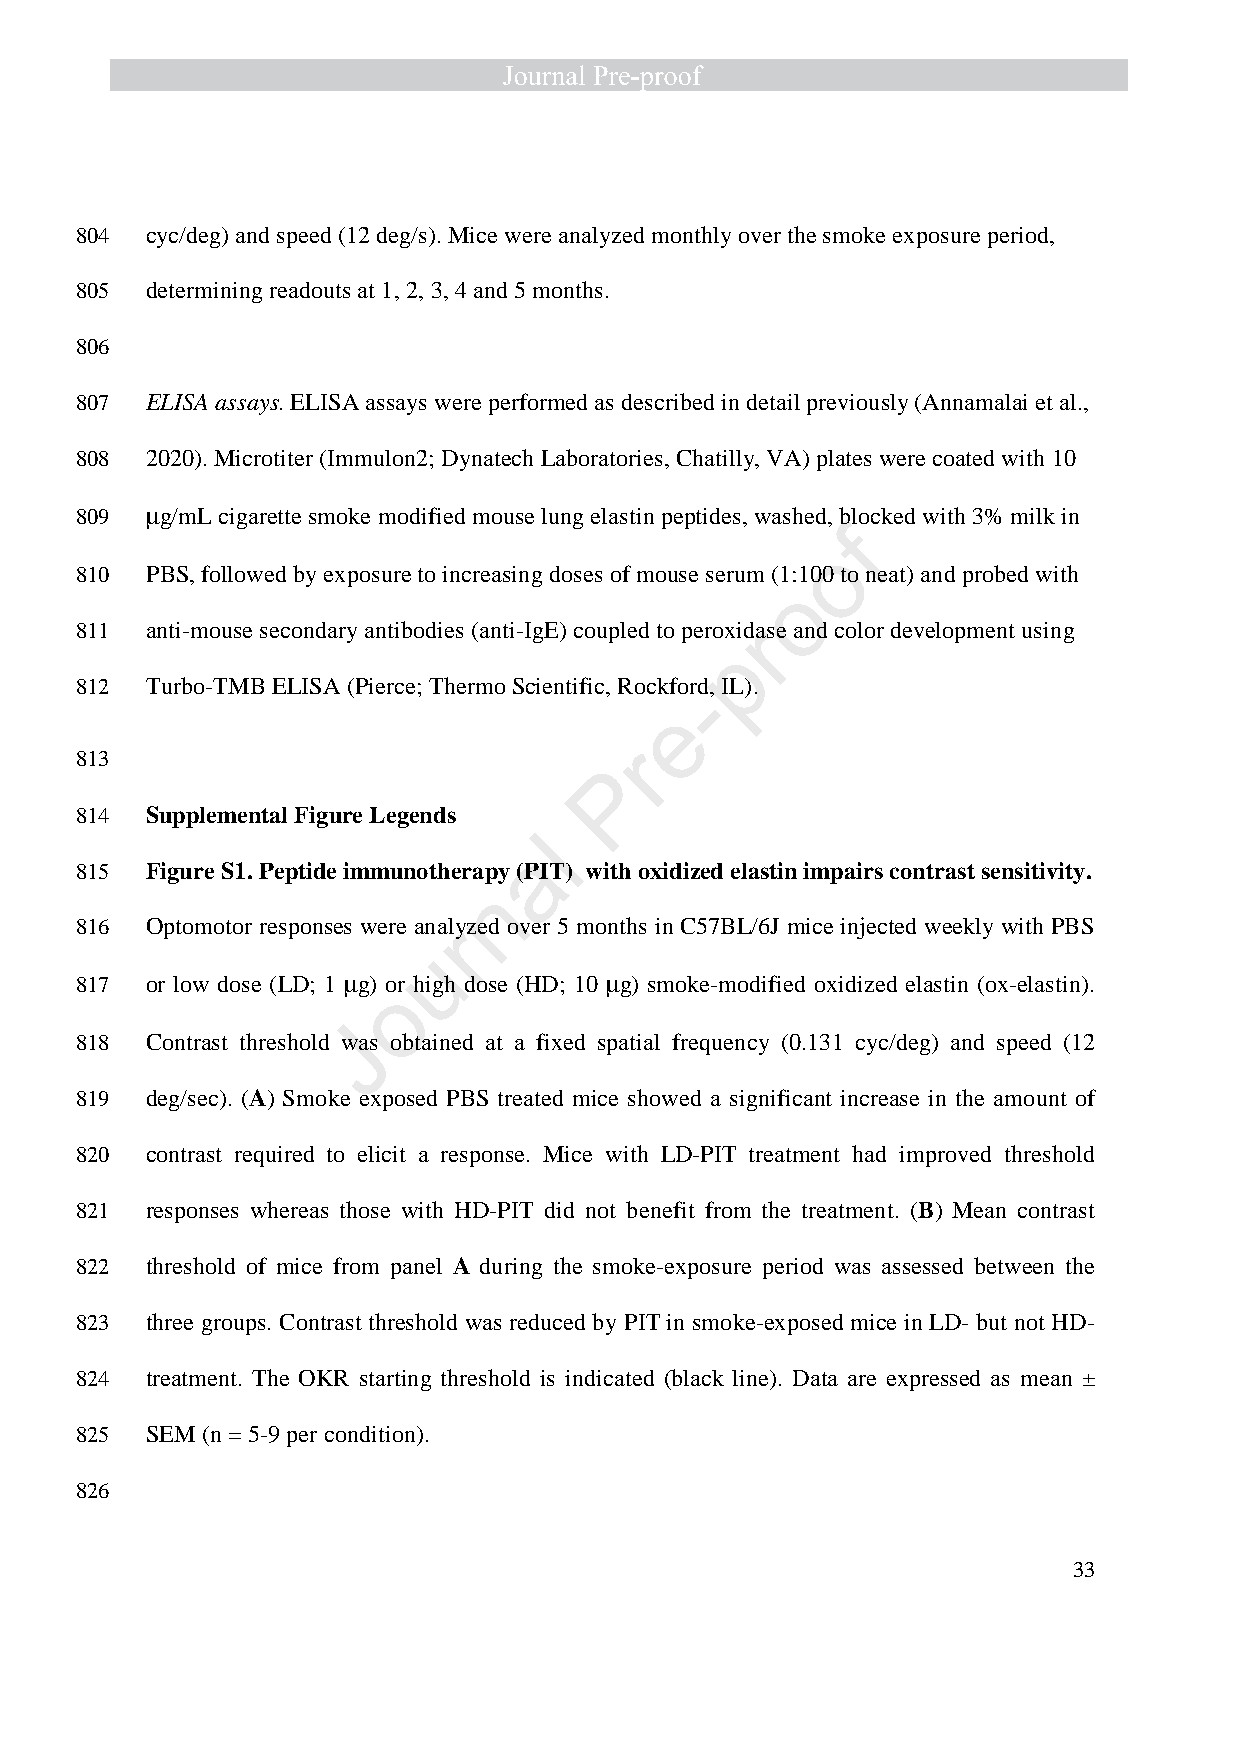
804  cyc/deg) and speed (12 deg/s). Mice were analyzed monthly over the smoke exposure period,
 805  determining readouts at 1, 2, 3, 4 and 5 months.
 806
 807  ELISA assays. ELISA assays were performed as described in detail previously (Annamalai et al.,
 808  2020). Microtiter (Immulon2; Dynatech Laboratories, Chatilly, VA) plates were coated with 10
 809  m g/mL cigarette smoke modified mouse lung elastin peptides, washed, blocked with 3% milk in
 f
 o
 810  PBS, followed by exposure to increasing doses of mouse serum (1:100 to neat) and probed with
 o
 811  anti-mouse secondary antibodies (anti-IgE) coupled to peroxidrase and color development using
 p
 812  Turbo-TMB ELISA (Pierce; Thermo Scientific, Rockfor -d, IL).
 e
 813
 r
 P
 814  Supplemental Figure Legends
 l
 a
 815  Figure S1. Peptide immunotherapy (PIT) with oxidized elastin impairs contrast sensitivity.
 n
 816  Optomotor responses were anal ryzed over 5 months in C57BL/6J mice injected weekly with PBS
 u
 817  or low dose (LD; 1 m g) or high dose (HD; 10 m g) smoke-modified oxidized elastin (ox-elastin).
 o
 J
 818  Contrast threshold was obtained at a fixed spatial frequency (0.131 cyc/deg) and speed (12
 819  deg/sec). (A) Smoke exposed PBS treated mice showed a significant increase in the amount of
 820  contrast required to elicit a response. Mice with LD-PIT treatment had improved threshold
 821  responses whereas those with HD-PIT did not benefit from the treatment. (B) Mean contrast
 822  threshold of mice from panel A during the smoke-exposure period was assessed between the
 823  three groups. Contrast threshold was reduced by PIT in smoke-exposed mice in LD- but not HD-
 824  treatment. The OKR starting threshold is indicated (black line). Data are expressed as mean ±
 825  SEM (n = 5-9 per condition).
 826
 33